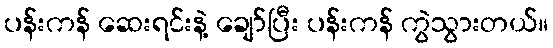
ပန်းကန် ဆေးရင်းနဲ့ ချော်ပြီး ပန်းကန် ကွဲသွားတယ်။